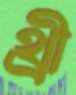
থ্রী